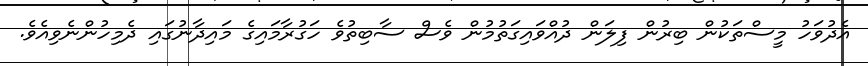
އެދުވަހު މީސްތަކުން ބިރުން ފިލަން ދުއްވައިގަތުމުން ވެސް ސާބިތުވެ ހަގުރާމައިގެ މައިދާނުގައި ދެމިހުންނެވިއެވެ.